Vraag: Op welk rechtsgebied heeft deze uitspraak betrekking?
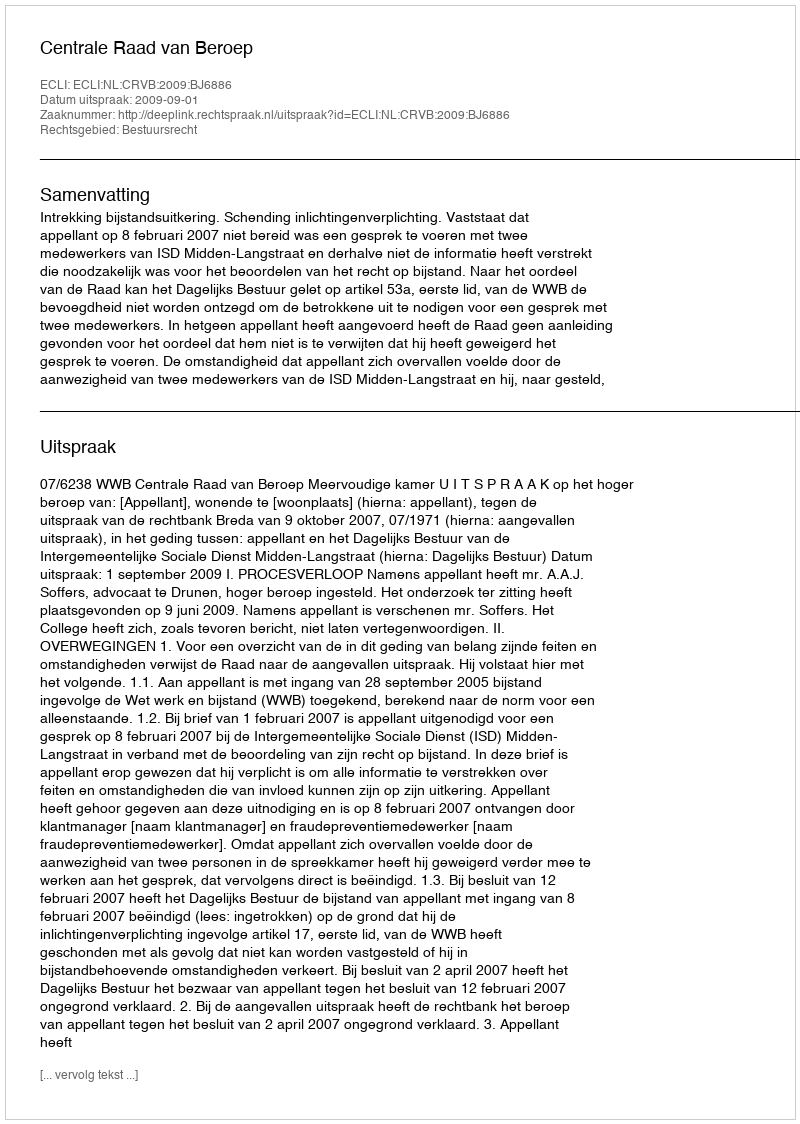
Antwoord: Bestuursrecht